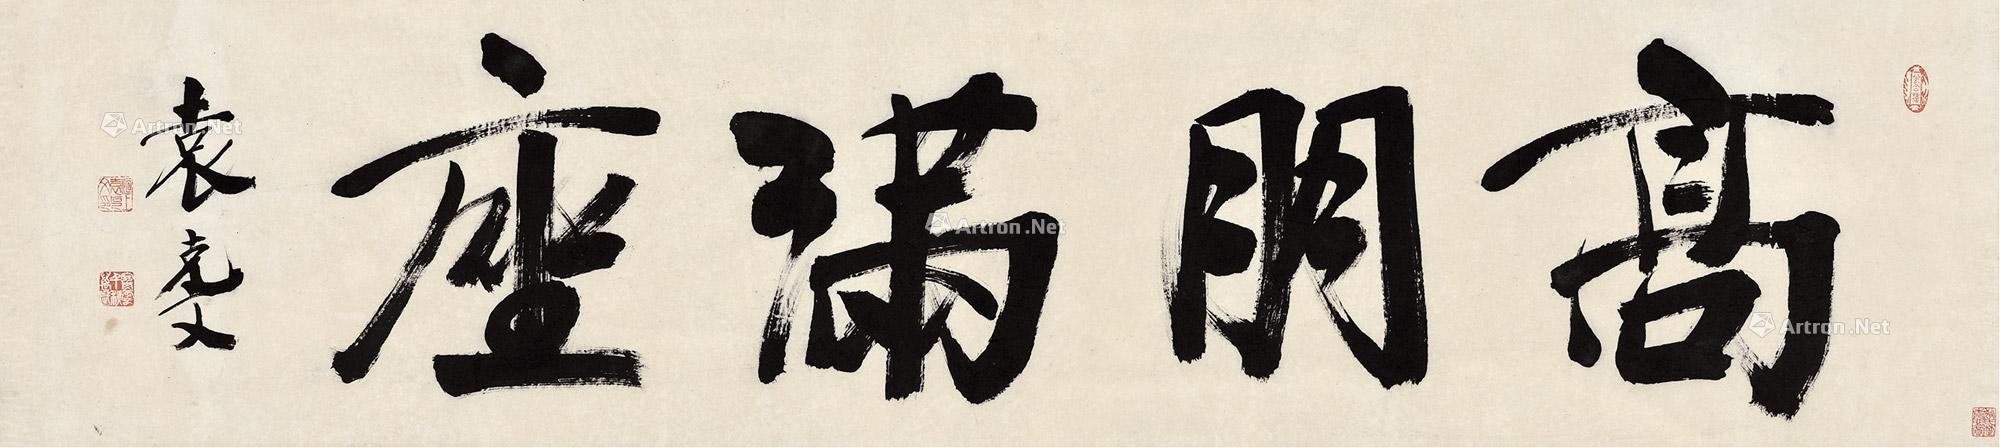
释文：高朋满座袁克文。